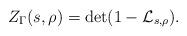
LaTeX: \begin{align*}Z_{\Gamma}(s,\rho) = \det(1-\mathcal{L}_{s,\rho}).\end{align*}